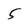
Character: 5